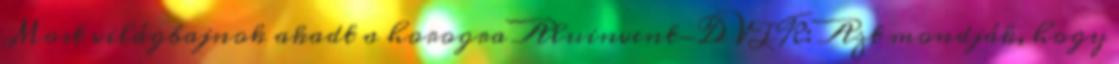
Most világbajnok akadt a horogra Aluinvent-DVTK: Azt mondják, hogy